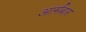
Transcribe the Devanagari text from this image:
आर्मबार